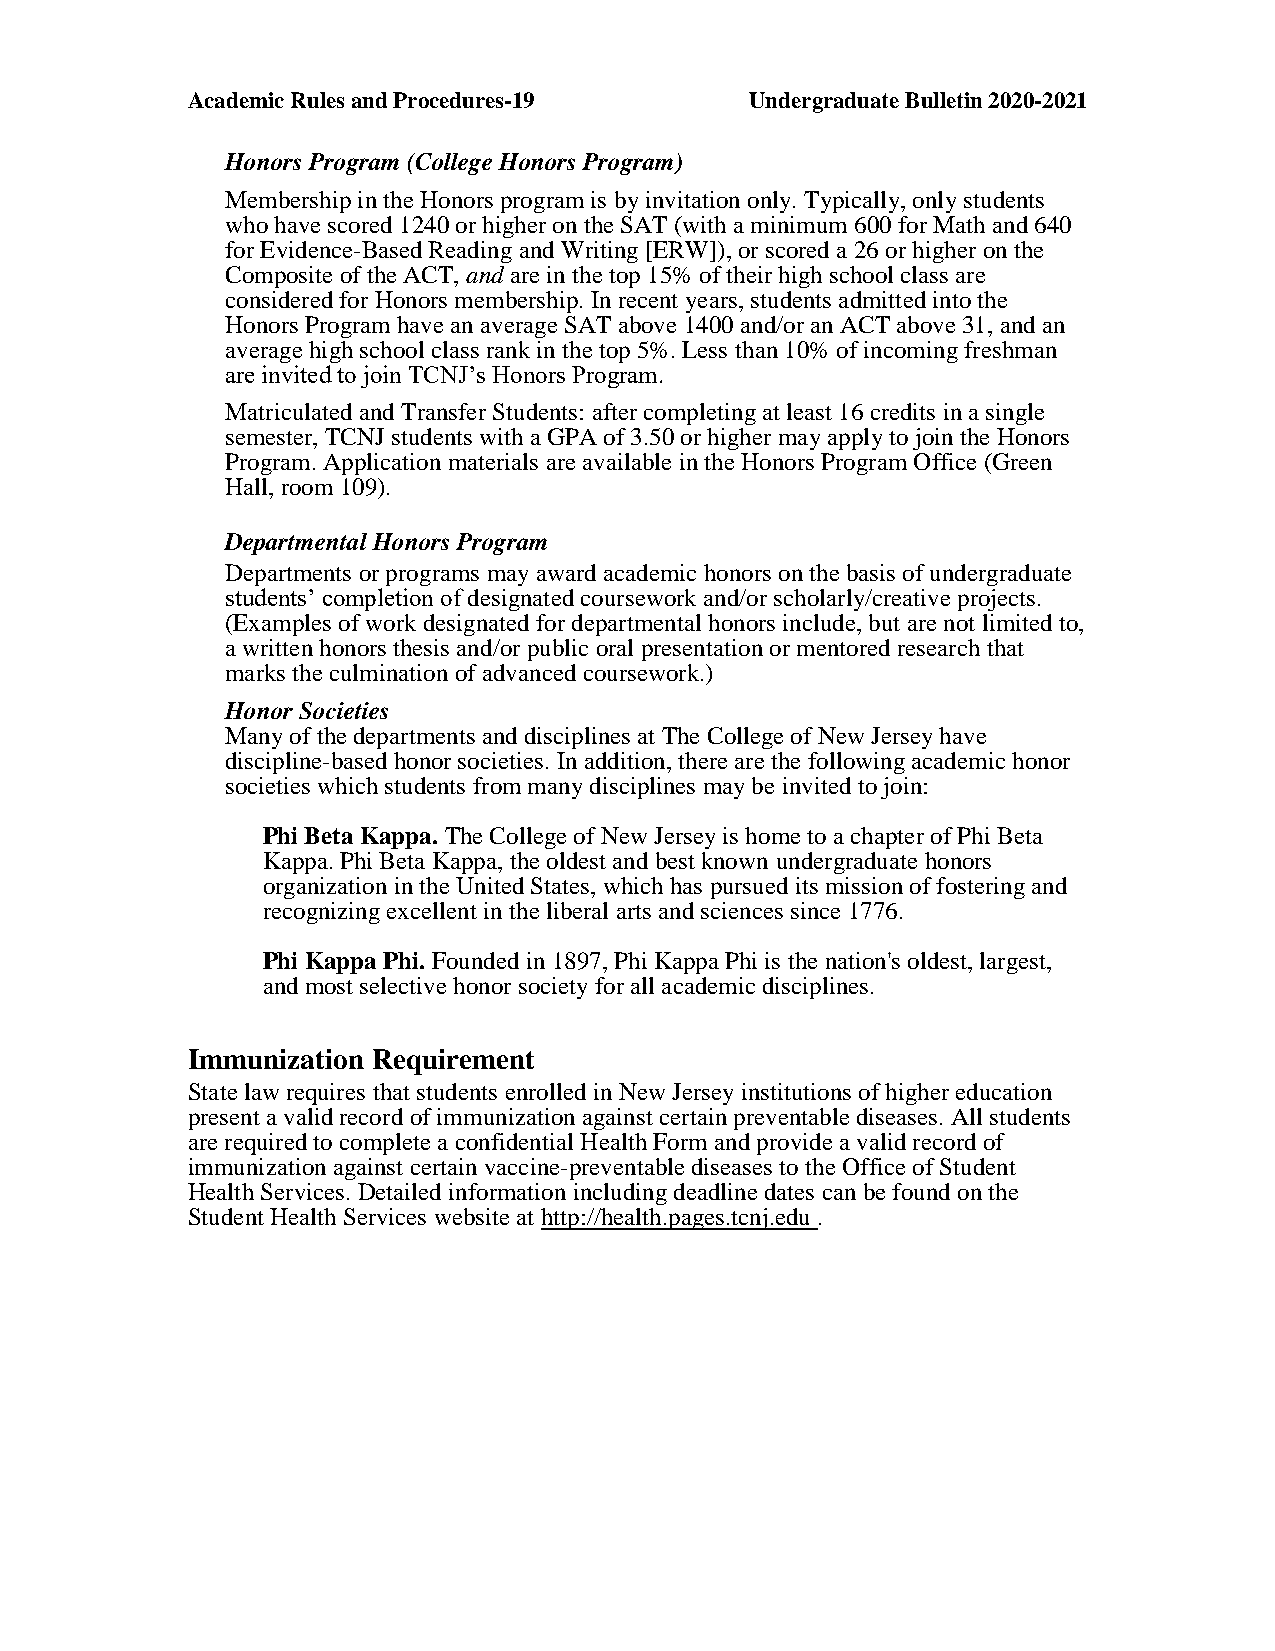
Academic Rules and Procedures-19      Undergraduate Bulletin 2020-2021
 Honors Program (College Honors Program)
 Membership in the Honors program is by invitation only. Typically, only students
 who have scored 1240 or higher on the SAT (with a minimum 600 for Math and 640
 for Evidence-Based Reading and Writing [ERW]), or scored a 26 or higher on the
 Composite of the ACT, and are in the top 15% of their high school class are
 considered for Honors membership. In recent years, students admitted into the
 Honors Program have an average SAT above 1400 and/or an ACT above 31, and an
 average high school class rank in the top 5%. Less than 10% of incoming freshman
 are invited to join TCNJ’s Honors Program.
 Matriculated and Transfer Students: after completing at least 16 credits in a single
 semester, TCNJ students with a GPA of 3.50 or higher may apply to join the Honors
 Program. Application materials are available in the Honors Program Office (Green
 Hall, room 109).
 Departmental Honors Program
 Departments or programs may award academic honors on the basis of undergraduate
 students’ completion of designated coursework and/or scholarly/creative projects.
 (Examples of work designated for departmental honors include, but are not limited to,
 a written honors thesis and/or public oral presentation or mentored research that
 marks the culmination of advanced coursework.)
 Honor Societies
 Many of the departments and disciplines at The College of New Jersey have
 discipline-based honor societies. In addition, there are the following academic honor
 societies which students from many disciplines may be invited to join:
 Phi Beta Kappa. The College of New Jersey is home to a chapter of Phi Beta
 Kappa. Phi Beta Kappa, the oldest and best known undergraduate honors
 organization in the United States, which has pursued its mission of fostering and
 recognizing excellent in the liberal arts and sciences since 1776.
 Phi Kappa Phi. Founded in 1897, Phi Kappa Phi is the nation's oldest, largest,
 and most selective honor society for all academic disciplines.
 Immunization Requirement
 State law requires that students enrolled in New Jersey institutions of higher education
 present a valid record of immunization against certain preventable diseases. All students
 are required to complete a confidential Health Form and provide a valid record of
 immunization against certain vaccine-preventable diseases to the Office of Student
 Health Services. Detailed information including deadline dates can be found on the
 Student Health Services website at http://health.pages.tcnj.edu .